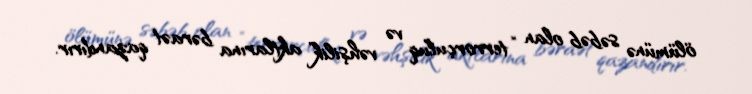
ölümünə səbəb olan “terrorçuluq və vəhşilik” aktlarına bəraət qazandırır.